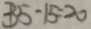
3 5 - 1 5 = 2 0